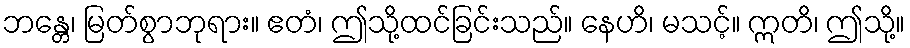
ဘန္တေ၊ မြတ်စွာဘုရား။ ဧတံ၊ ဤသို့ထင်ခြင်းသည်။ နေဟိ၊ မသင့်။ ဣတိ၊ ဤသို့။